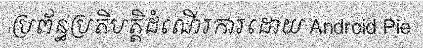
ប្រព័ន្ធប្រតិបត្តិដំណើរការដោយ Android Pie